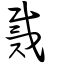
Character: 戴